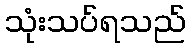
သုံးသပ်ရသည်